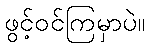
ဖွင့်ဝင်ကြမှာပဲ။